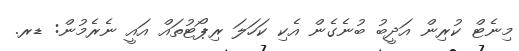
މިނެޓް ކުރިން އަދީބު ބުނެގެން އެކި ކަހަލަ ރިޕޯޓުތައް އައީ ނެރެމުން: ޑރ.